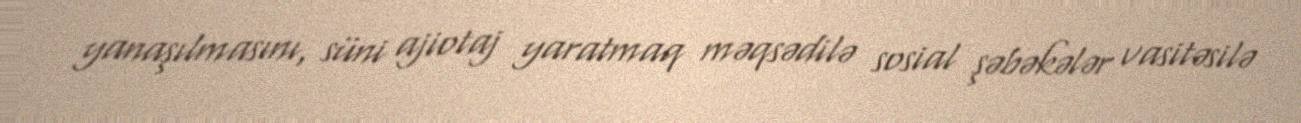
yanaşılmasını, süni ajiotaj yaratmaq məqsədilə sosial şəbəkələr vasitəsilə